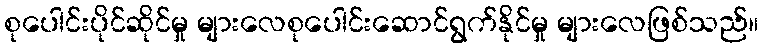
စုပေါင်းပိုင်ဆိုင်မှု များလေစုပေါင်းဆောင်ရွက်နိုင်မှု များလေဖြစ်သည်။